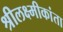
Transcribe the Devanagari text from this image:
श्रीलक्ष्मीकांता